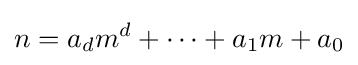
n=a_{d}m^{d}+\cdots +a_{1}m+a_{0}